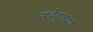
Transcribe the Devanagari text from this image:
सहेतुकपणे